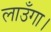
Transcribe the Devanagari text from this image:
लाउँगा।